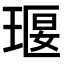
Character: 𤦵